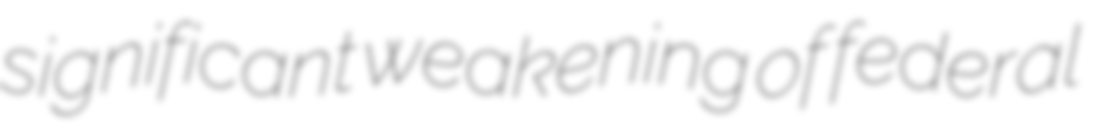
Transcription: significant weakening of federal